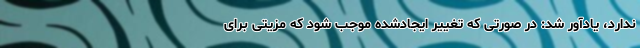
ندارد، یادآور شد: در صورتی که تغییر ایجادشده موجب شود که مزیتی برای